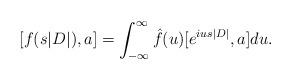
LaTeX: \begin{align*}[f(s|D|),a]=\int_{-\infty}^{\infty}\hat{f}(u)[e^{ius|D|},a]du.\end{align*}